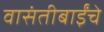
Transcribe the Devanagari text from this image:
वासंतीबाईंचे